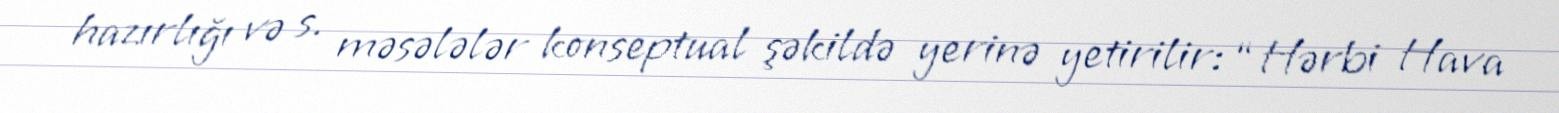
hazırlığı və s. məsələlər konseptual şəkildə yerinə yetirilir: “Hərbi Hava